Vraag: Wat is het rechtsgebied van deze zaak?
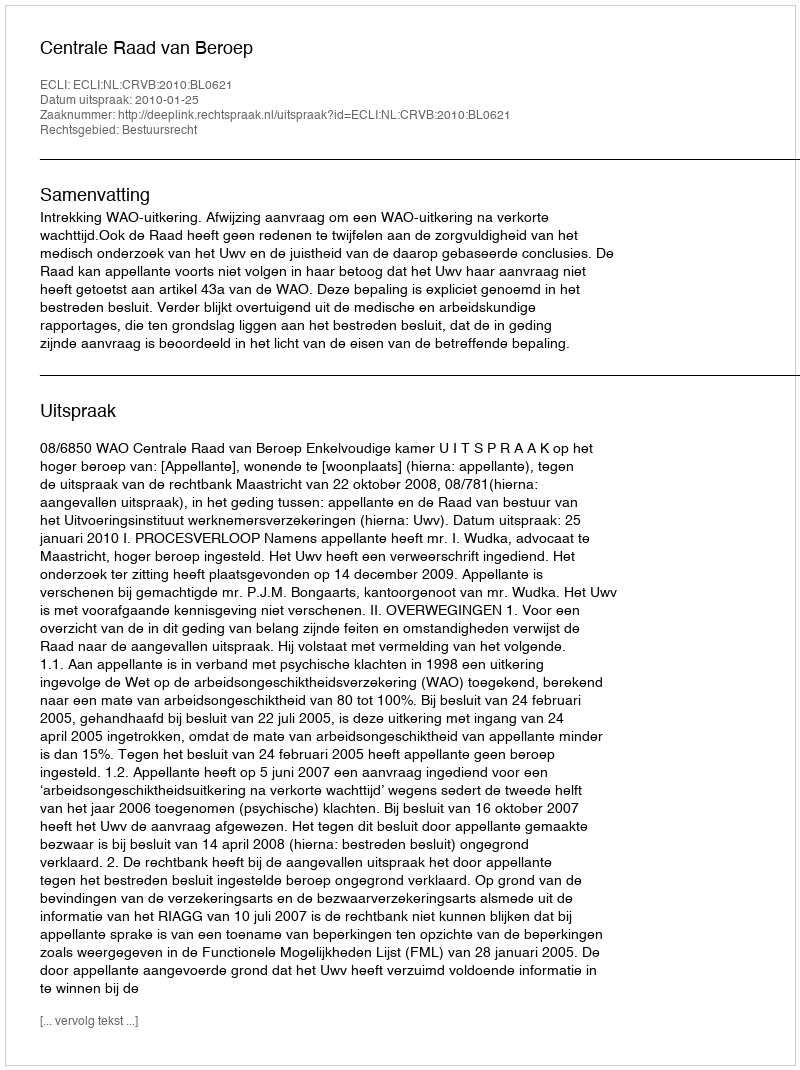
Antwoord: Bestuursrecht